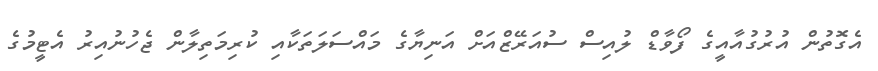
އެގޮތުން އުރުގުއާއީގެ ފޯވާޑް ލުއިސް ސުއަރޭޒްއަށް އަނިޔާގެ މައްސަލަތަކާއި ކުރިމަތިލާން ޖެހުނުއިރު އެޓީމުގެ